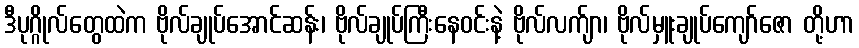
ဒီပုဂ္ဂိုလ်တွေထဲက ဗိုလ်ချုပ်အောင်ဆန်း၊ ဗိုလ်ချုပ်ကြီးနေဝင်းနဲ့ ဗိုလ်လက်ျာ၊ ဗိုလ်မှူးချုပ်ကျော်ဇော တို့ဟာ